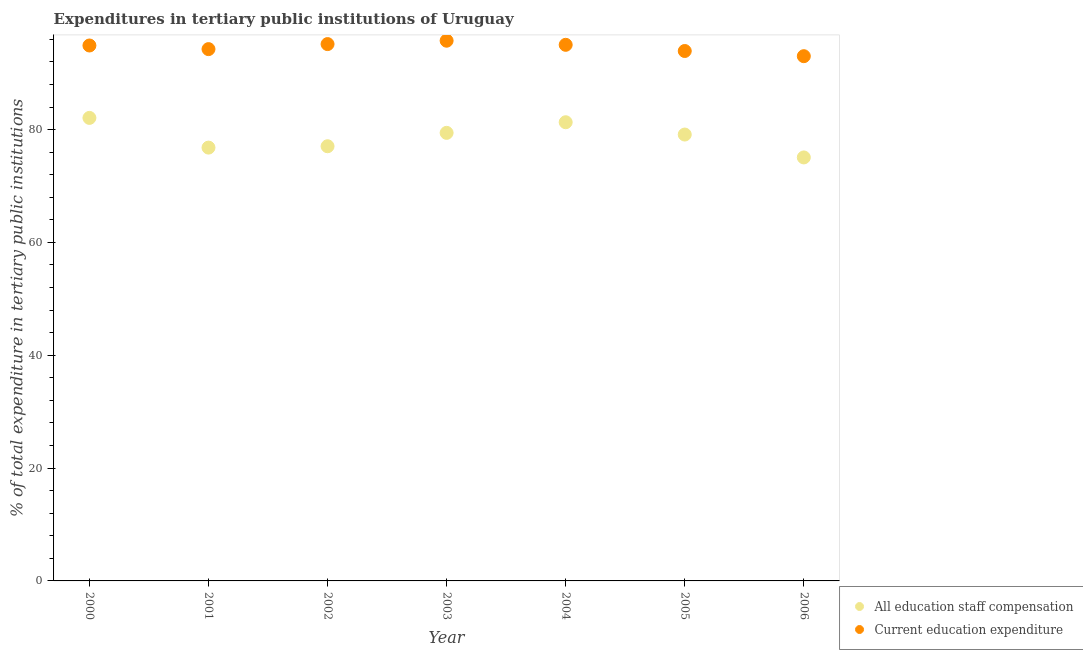
| Year | All education staff compensation | Current education expenditure |
 | --- | --- | --- |
 | 2000 | 82.1 | 94.9 |
 | 2001 | 76.8 | 94.3 |
 | 2002 | 77 | 95.2 |
 | 2003 | 79.4 | 95.8 |
 | 2004 | 81.3 | 95 |
 | 2005 | 79.1 | 93.9 |
 | 2006 | 75.1 | 93 |